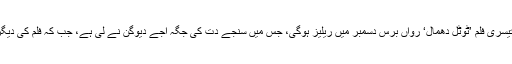
اب اس سیریز کی تیسری فلم ’ٹوٹل دھمال‘ رواں برس دسمبر میں ریلیز ہوگی، جس میں سنجے دت کی جگہ اجے دیوگن نے لی ہے، جب کہ فلم کی دیگر کاسٹ پرانی ہے۔